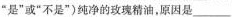
”是”或”不是”)纯净的玫瑰精油，原因是___